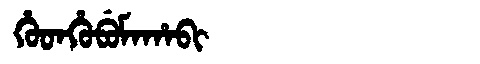
Manchu: ᡥᡠᡨᡥᡠᠪᡠᠮᠠᡥᠠᠪᡳ
Romanization: HUTHUBUMAHABI